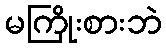
မကြိုးစားဘဲ